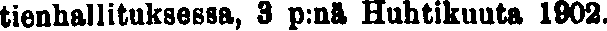
tienhallituksessa, 3 p:nä Huhtikuuta 1902.